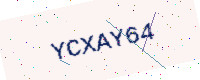
Text: YCXAY64